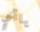
ياأخي